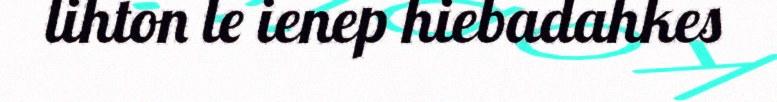
lihton le ienep hiebadahkes